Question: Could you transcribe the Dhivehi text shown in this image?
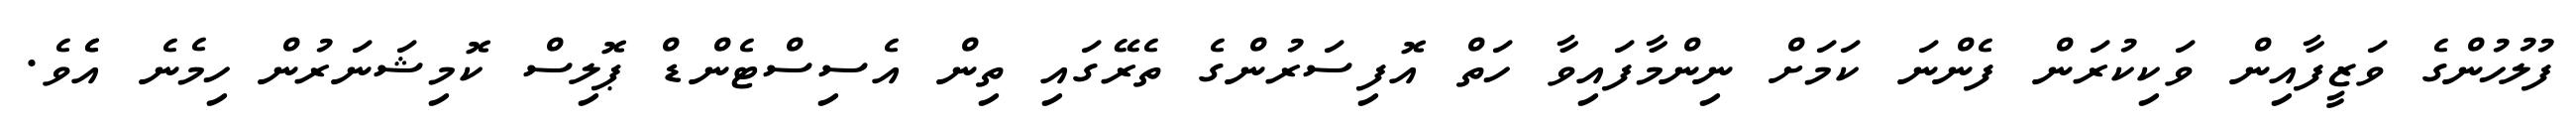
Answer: ފުލުހުންގެ ވަޒީފާއިން ވަކިކުރަން ފެންނަ ކަމަށް ނިންމާފައިވާ ހަތް އޮފިސަރުންގެ ތެރޭގައި ތިން އެސިސްޓެންޑް ޕޮލިސް ކޮމިޝަނަރުން ހިމެނެ އެެވެ.